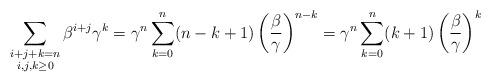
LaTeX: \begin{align*}\sum_{\substack{i+j+k=n\\ i,j,k\ge 0}} \beta^{i+j} \gamma^k=\gamma^{n}\sum_{k=0}^n (n-k+1) \left(\frac{\beta}{\gamma}\right)^{n-k}=\gamma^{n}\sum_{k=0}^n (k+1) \left(\frac{\beta}{\gamma}\right)^{k}\end{align*}